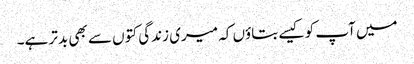
میں آپ کو کیسے بتاؤں کہ میری زندگی کتوں سے بھی بدتر ہے۔